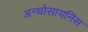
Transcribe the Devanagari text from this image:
अन्थोसायनिंस